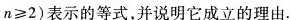
n≥2)表示的等式，并说明它成立的理由。